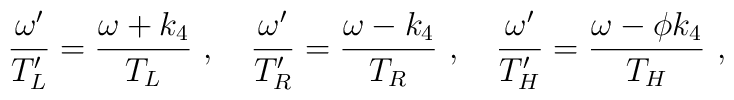
{\omega'\over T_L'} = {\omega + k_4\over T_L}\ ,\quad {\omega'\over T_R'} = {\omega - k_4\over T_R}\ ,\quad {\omega'\over T_H'} = {\omega -\phi k_4\over T_H}\ ,